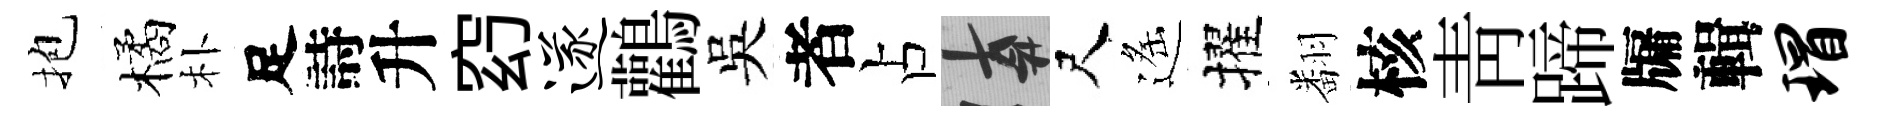
抱橘朴足詩升𥥆遂鸛吳者占遲尺遙擢翻核靑蹄牖輯瑁